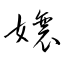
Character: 嬢